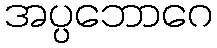
အပ္ပဘောဂေ